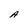
Character: A